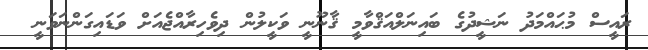
ރައީސް މުޙައްމަދު ނަޝީދުގެ ބައިނަލްއަޤްވާމީ ޤާނޫނީ ވަކީލުން ދިވެހިރާއްޖެއަށް ވަޑައިގަންނަވަނީ